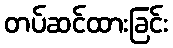
တပ်ဆင်ထားခြင်း